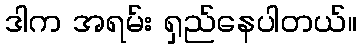
ဒါက အရမ်း ရှည်နေပါတယ်။